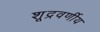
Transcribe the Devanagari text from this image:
शूद्रवर्णीय